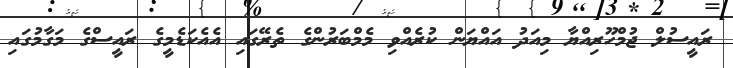
ރައީސުލް ޖުމްހޫރިއްޔާ މިއަދު އައްޔަން ކުރެއްވި މެމްބަރުންގެ ތެރޭގައި އެއެކަޑެމީގެ ރައީސްގެ މަގާމުގައި